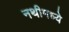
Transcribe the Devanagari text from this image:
नथीमध्ये